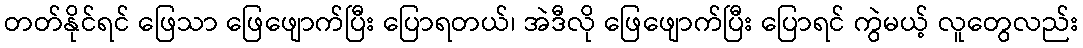
တတ်နိုင်ရင် ဖြေသာ ဖြေဖျောက်ပြီး ပြောရတယ်၊ အဲဒီလို ဖြေဖျောက်ပြီး ပြောရင် ကွဲမယ့် လူတွေလည်း